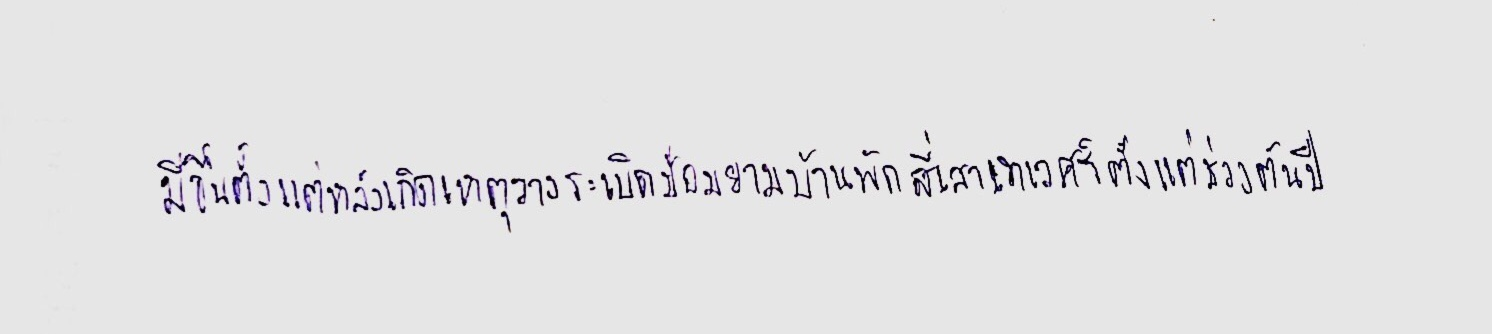
มีขึ้นตั้งแต่หลังเกิดเหตุวางระเบิดป้อมยามบ้านพักสี่เสาเทเวศร์ตั้งแต่ช่วงต้นปี